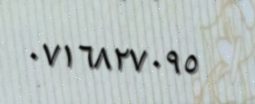
٠٧١٦٨٢٧٠٩٥